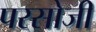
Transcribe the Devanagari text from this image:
परसोजी